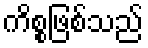
ကိစ္စဖြစ်သည်